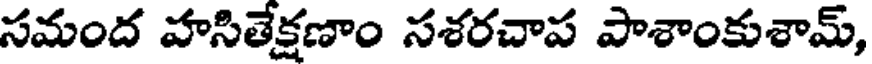
సమంద హసితేక్షణాం సశరచాప పాశాంకుశామ్,